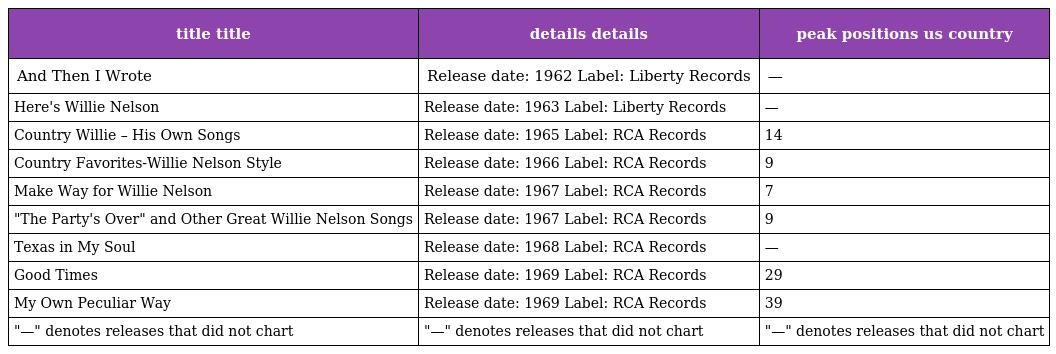
| title title | details details | peak positions us country |
 | --- | --- | --- |
 | And Then I Wrote | Release date: 1962 Label: Liberty Records | — |
 | Here's Willie Nelson | Release date: 1963 Label: Liberty Records | — |
 | Country Willie – His Own Songs | Release date: 1965 Label: RCA Records | 14 |
 | Country Favorites-Willie Nelson Style | Release date: 1966 Label: RCA Records | 9 |
 | Make Way for Willie Nelson | Release date: 1967 Label: RCA Records | 7 |
 | "The Party's Over" and Other Great Willie Nelson Songs | Release date: 1967 Label: RCA Records | 9 |
 | Texas in My Soul | Release date: 1968 Label: RCA Records | — |
 | Good Times | Release date: 1969 Label: RCA Records | 29 |
 | My Own Peculiar Way | Release date: 1969 Label: RCA Records | 39 |
 | "—" denotes releases that did not chart | "—" denotes releases that did not chart | "—" denotes releases that did not chart |